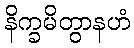
နိက္ခမိတွာနဟံ